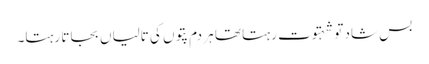
بس شاد تو شہتوت رہتا تھا ہر دم پتوں کی تالیاں بجاتا رہتا۔